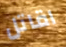
اقاتل